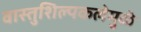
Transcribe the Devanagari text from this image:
वास्तुशिल्पकलेमुळे